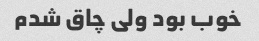
خوب بود ولی چاق شدم